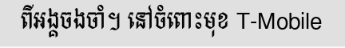
ពីអង្គចងចាំ។ នៅចំពោះមុខ T-Mobile